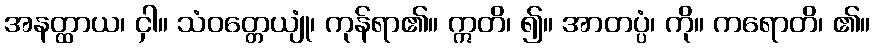
အနတ္ထာယ၊ ငှါ။ သံဝတ္တေယျုံ၊ ကုန်ရာ၏။ ဣတိ၊ ၍။ အာတပ္ပံ၊ ကို။ ကရောတိ၊ ၏။